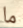
ما